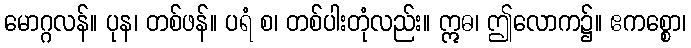
မောဂ္ဂလန်။ ပုန၊ တစ်ဖန်။ ပရံ စ၊ တစ်ပါးတုံလည်း။ ဣဓ၊ ဤလောက၌။ ဧကစ္စော၊